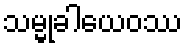
သမ္မုခါယေဝဿ